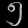
Digit: ၅